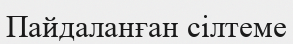
Пайдаланған сілтеме